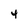
Character: 4